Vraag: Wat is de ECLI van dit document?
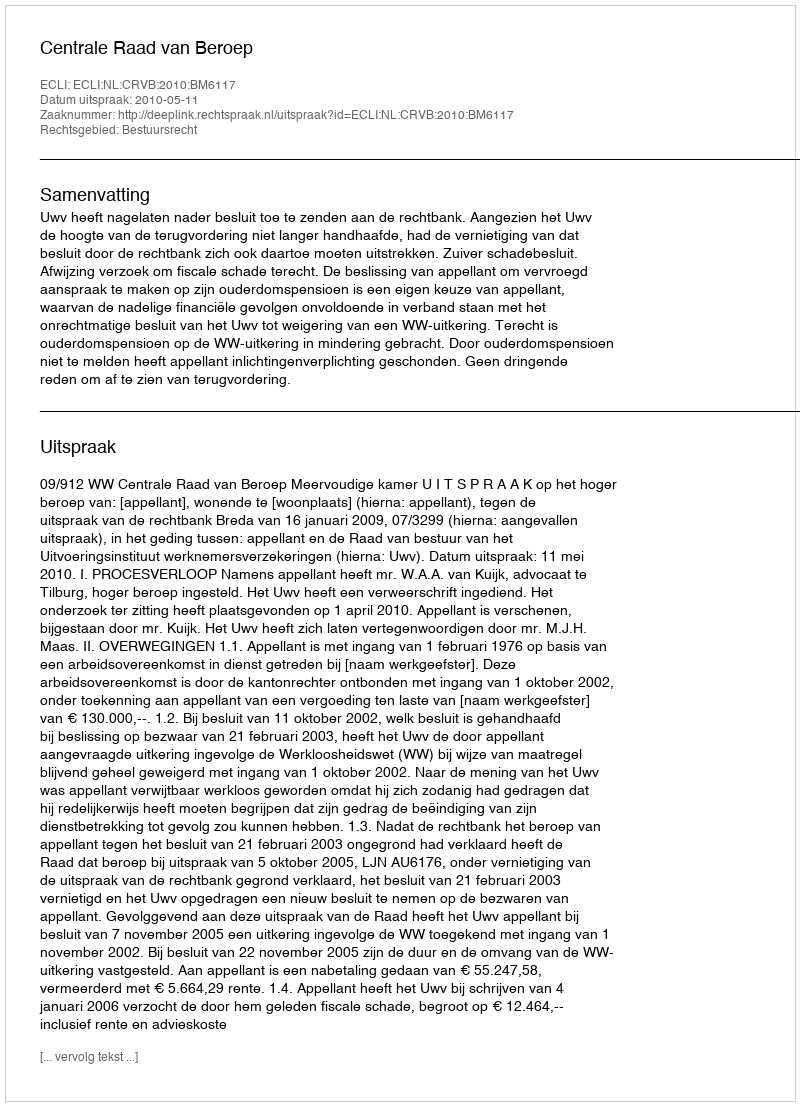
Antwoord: ECLI:NL:CRVB:2010:BM6117